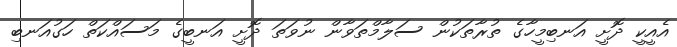
އެއީކީ ދޮށީ އަނބިމީހާގެ ތުރާތަކުން ސަލާމްތަވާން ނުވަތަ ދޮށީ އަނބީގެ މަސައްކަތް ހަގުއަނބި